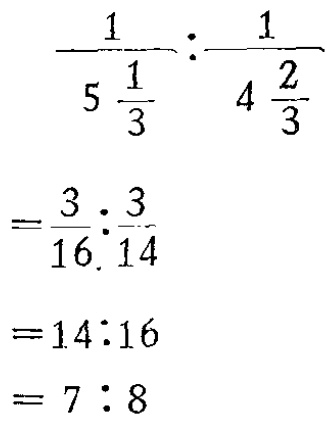
\[\begin{align*}

\frac{1}{5\frac{1}{3}}:\frac{1}{4\frac{2}{3}}&=\frac{3}{16}:\frac{3}{14}\\

&=14:16\\

&= 7:8

\end{align*}\]